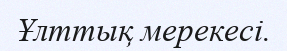
Ұлттық мерекесі.